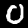
Digit: 0